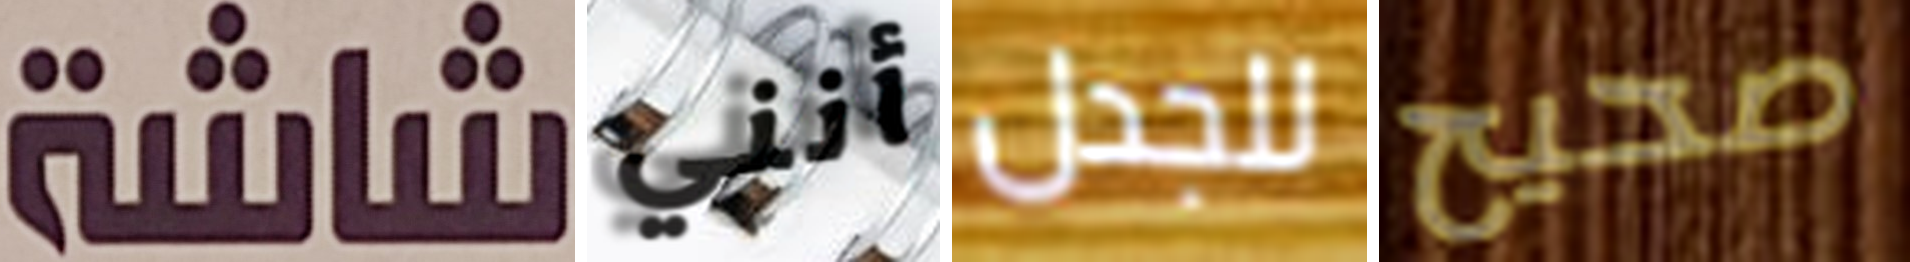
شاشة أنني للجدل صحيح